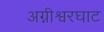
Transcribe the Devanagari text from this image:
अग्नीश्वरघाट